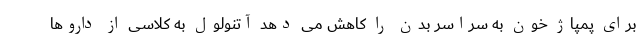
برای پمپاژ خون به سراسر بدن را کاهش می دهد آتنولول به کلاسی از داروها